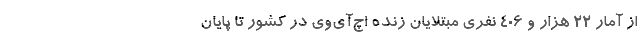
از آمار ۲۲ هزار و ۴۰۶ نفری مبتلایان زنده اچ‌آی‌وی در کشور تا پایان